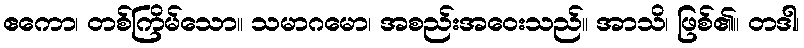
ဧကော၊ တစ်ကြိမ်သော။ သမာဂမော၊ အစည်းအဝေးသည်။ အာသိ၊ ဖြစ်၏။ တဒါ၊